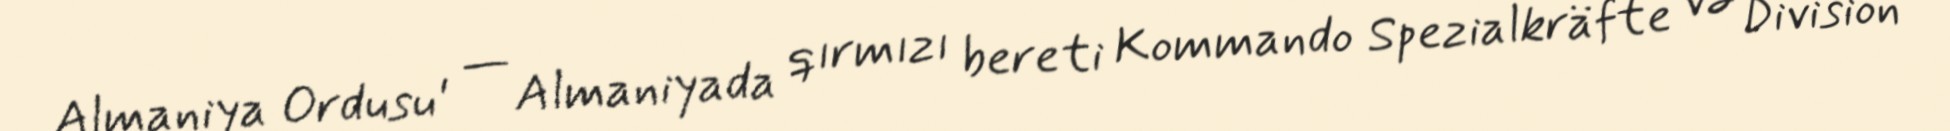
Almaniya Ordusu' — Almaniyada qırmızı bereti Kommando Spezialkräfte və Division